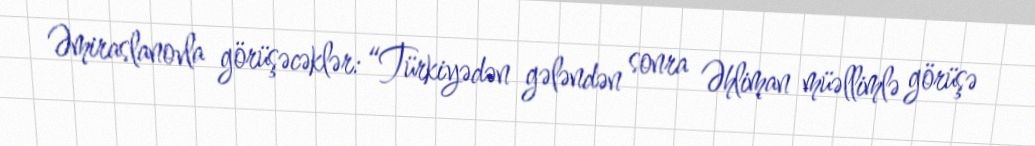
Əmiraslanovla görüşəcəklər: “Türkiyədən gələndən sonra Əhliman müəllimlə görüşə